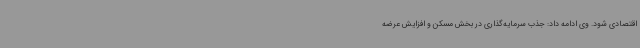
اقتصادی شود. وی ادامه داد: جذب سرمایه‌گذاری در بخش مسکن و افزایش عرضه